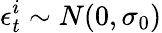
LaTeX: \epsilon_{t}^{i}\sim N(0,\sigma_{0})